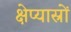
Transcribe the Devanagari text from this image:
क्षेप्यास्रों